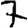
Digit: 7